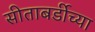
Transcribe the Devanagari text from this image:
सीताबर्डीच्या